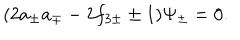
( 2 a _ { \pm } a _ { \mp } - 2 f _ { 3 \pm } \pm 1 ) \Psi _ { \pm } = 0 .